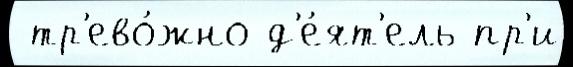
 тр'ево́жно д'е́ят'ель пр'и